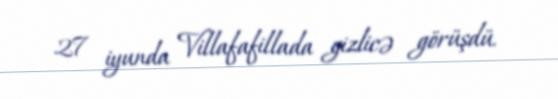
27 iyunda Villafafillada gizlicə görüşdü.